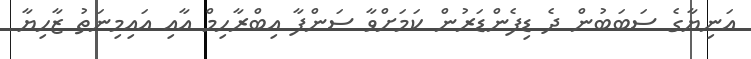
އަނިޔާގެ ސަބަބުން ދެ ޑިފެންޑަރުން ކަމަށްވާ ސަންފާ އިބްރާހިމް އާއި އައިމިނަތު ޒާހިޔާ